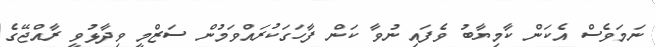
ނަމަވެސް އެކަން ކާމިޔާބު ވެފައި ނުވާ ކަން ފާހަގަކުރައްވަމުން ސަޒްމީ ވިދާޅުވީ ރާއްޖޭގެ